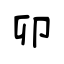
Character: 卯